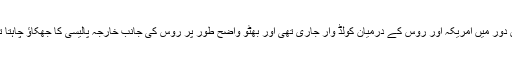
اس دور میں امریکہ اور روس کے درمیان کولڈ وار جاری تھی اور بھٹو واضح طور پر روس کی جانب خارجہ پالیسی کا جھکاؤ چاہتا تھا۔